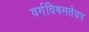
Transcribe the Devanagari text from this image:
वर्गविषमतेवर